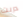
دربت